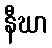
နီဃာ